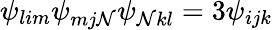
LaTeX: \psi_{lim}\psi_{mj\mathcal{N}}\psi_{\mathcal{N}kl}=3\psi_{ijk}